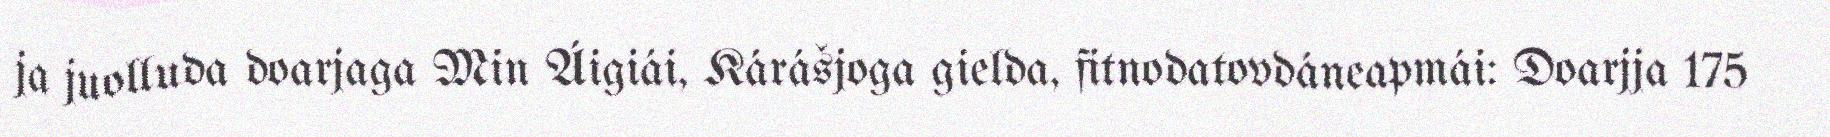
ja juolluda doarjaga Min Áigiái, Kárášjoga gielda, fitnodatovdáneapmái: Doarjja 175